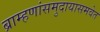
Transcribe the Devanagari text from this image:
ब्राम्हणांसमुदायासमवेत